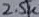
Text: 2.5K